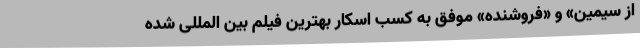
از سیمین» و «فروشنده» موفق به کسب اسکار بهترین فیلم بین المللی شده